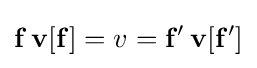
\mathbf {f} \,\mathbf {v} [\mathbf {f} ]=v=\mathbf {f'} \,\mathbf {v} [\mathbf {f'} ]